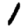
Digit: 1